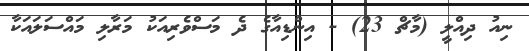
ނިއު ދިއްލީ (މާޗް 23) - އިންޑިއާގެ ދެ މަސްވެރިއަކު މަރާލި މައްސަލައަކާ